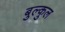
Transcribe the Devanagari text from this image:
बुल्कुल